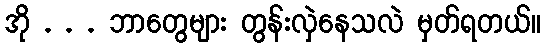
အို . . . ဘာတွေများ တွန်းလှဲနေသလဲ မှတ်ရတယ်။